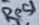
Text: Res1